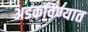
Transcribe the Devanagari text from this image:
अडकविण्यात